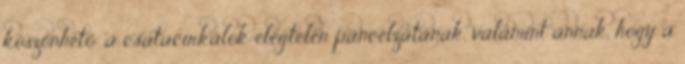
köszönhető: a csatacirkálók elégtelen páncélzatának, valamint annak, hogy a